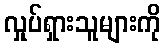
လှုပ်ရှားသူများကို